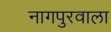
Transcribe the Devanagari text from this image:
नागपुरवाला